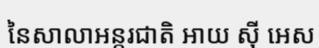
នៃសាលាអន្តរជាតិ អាយ ស៊ី អេស